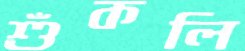
শুঁকলি